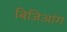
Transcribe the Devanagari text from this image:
बिजिआंग